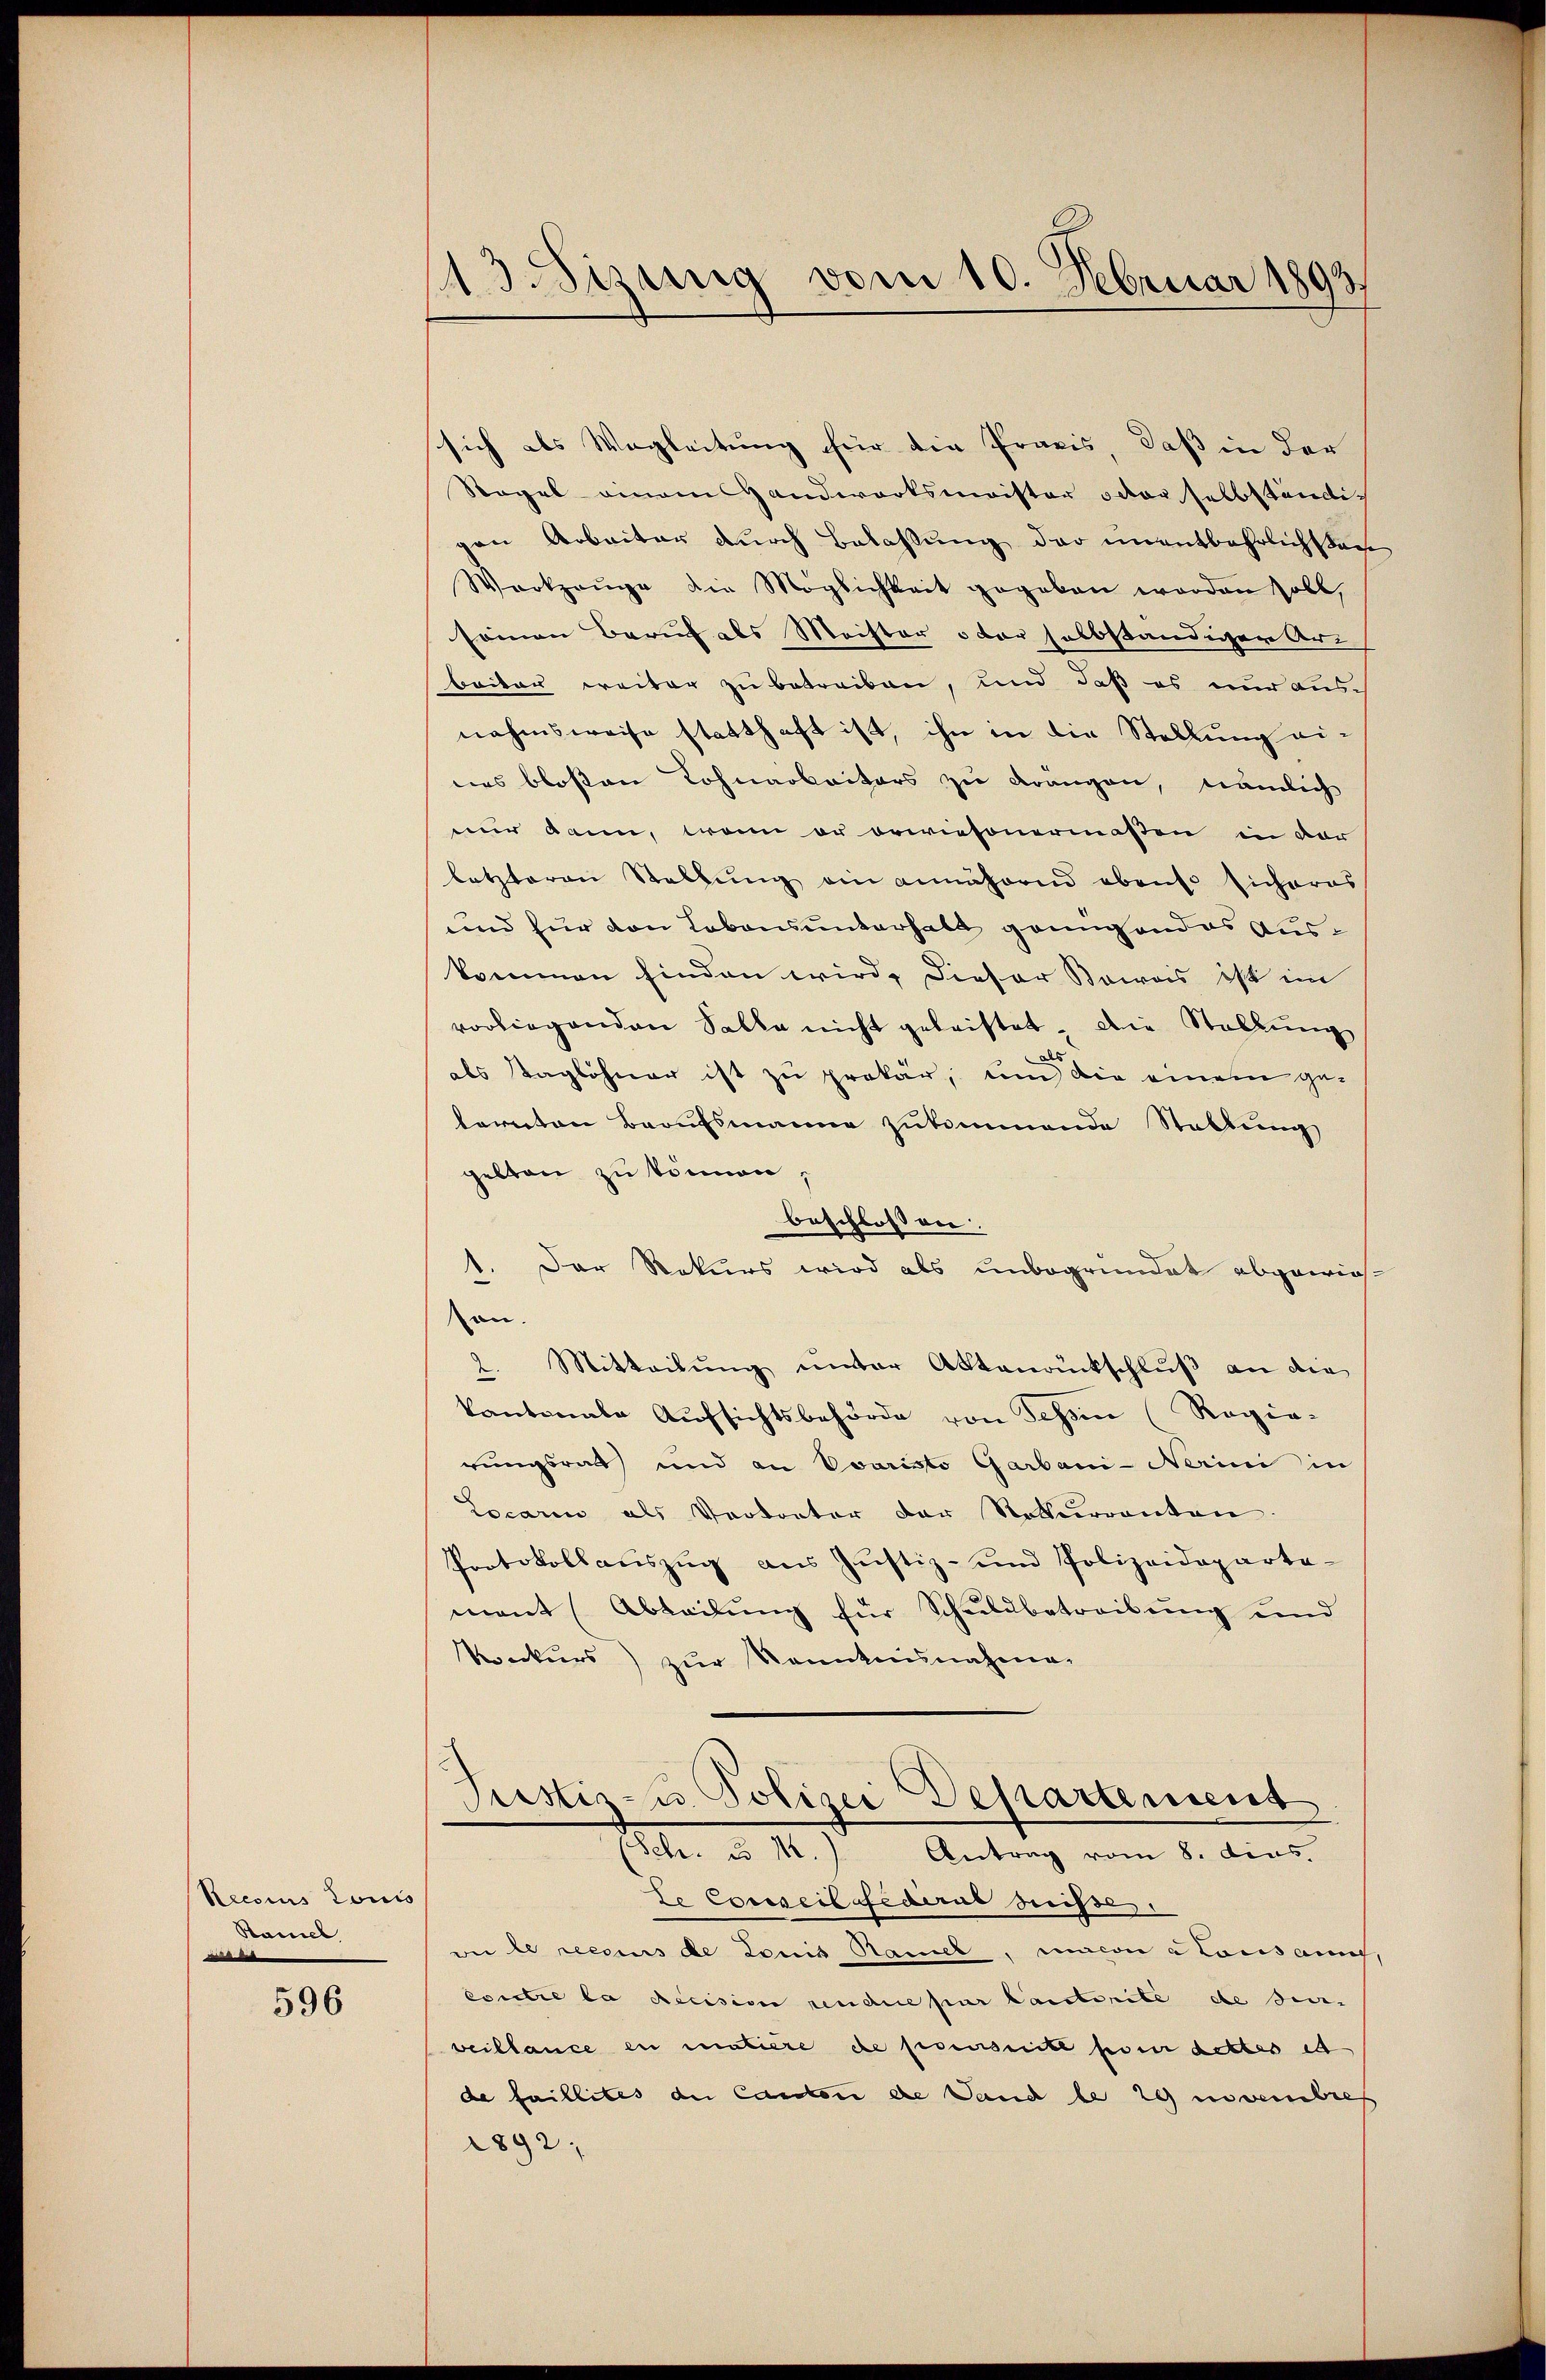
Reccius Louis
Ramel
.

596

13. Sizung vom 10. Februar 1893.

sich als Wegleitung für die Praxis, daß in der
Regal einem Handwerksmaister oder selbständigen Arbeiter durch Belassung der unentbehrlichsten
Werkzeuge die Möglichkeit gegeben worden soll,
seinen Beruf als Meister oder selbständiger Ar
baitau weiter zu betreiben, und daß es nur ausnahmsweise statthaft ist, ihn in die Stellung eines bloßen Lohnarbeiters zu drangen, nämlich
nur dann, wenn er orwiesenermaßen in der
letzteren Stellŭng ein annährend ebenso sicheres
und für von Lobonsunterhalt grünendes Auskommen finden wird, dieser Beweis ist im
vorliegenden Salle nicht geleistet. Die Stellung
als Taglöhner ist zu prokar, um die einem gelernten Berufsmanne zukommende Stallung
gelten zu können,
beschlossen.
1. Der Rekurs wird als unbegründet abgewiesan.
2. Mitteilung unter Aktenrückschluß an die
kantonale Aufsichtsbehörde von Tessin (Regie-
rungsrath und an Ovaristo Garbani-Nerini in
Locarin als Vertreter der Naturrenten
Protokollauszug aus Justiz- und Polizeideparta-
mant (Abteilŭng für Schuldbetreibŭng und
Koeckers) zŭr Kannkaŭnahmen
Justiz- u. Polizei Departement
(Sehr. u 1.) Antrag vom 8. dies
te Conseitsfederne drisse
ve le reces de Louis Ramel, macon a consang,
eontie la Recision rendue par lauterite de sein
veillance en matière de poursuite foi dettes et
de faillites der Candten die Sand be 29 in verbrec
2892;